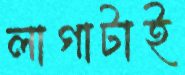
লাগাটাই